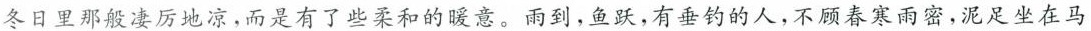
冬日里那般凄厉地凉，而是有了些柔和的暖意。雨到，鱼跃，有垂钓的人，不顾春寒雨密，泥足坐在马